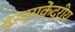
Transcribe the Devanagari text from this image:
द्रव्यकेंद्रीय